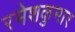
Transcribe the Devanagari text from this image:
रमेशकुमार